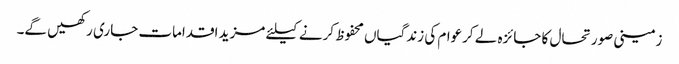
زمینی صورتحال کا جائزہ لے کرعوام کی زندگیاں محفوظ کرنے کیلئے مزید اقدامات جاری رکھیں گے۔